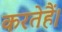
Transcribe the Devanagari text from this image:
करतेहैं।